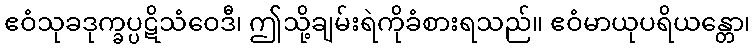
ဧဝံသုခဒုက္ခပ္ပဋိသံဝေဒီ၊ ဤသို့ချမ်းရဲကိုခံစားရသည်။ ဧဝံမာယုပရိယန္တော၊